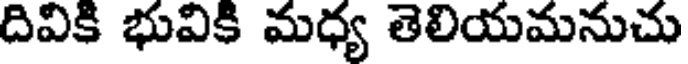
దివికి భువికి మధ్య తెలియమనుచు